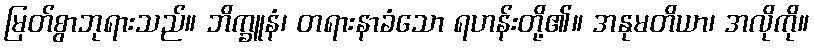
မြတ်စွာဘုရားသည်။ ဘိက္ခူနံ၊ တရားနာခံသော ရဟန်းတို့၏။ အနုမတိယာ၊ အလိုကို။